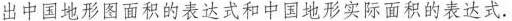
出中国地形图面积的表达式和中国地形实际面积的表达式